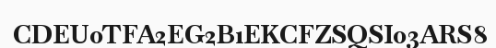
CDEU0TFA2EG2B1EKCFZSQSI03ARS8